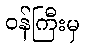
ဝန်ကြီးမှ